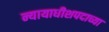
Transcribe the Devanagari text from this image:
न्यायाधीशपदाच्या